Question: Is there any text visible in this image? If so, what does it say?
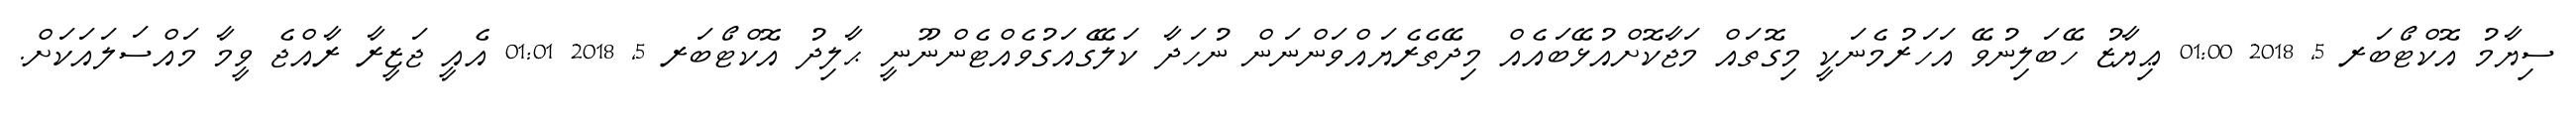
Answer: ސިޔާމު އޮކްޓޯބަރ 5, 2018 01:00 ޢިޔާޒު ހޭބަލިނުވޭ އަހަރުމެނަކީ މިގޮތައް މަޖާކޮށްއުޅޭބައެއް މިދޭތެރެޔައްވަންނަން ނުހަދާ ކަލޭގެއަގުވެއްޓެންނޫނީ ޙާލިދު އޮކްޓޯބަރ 5, 2018 01:01 އެއީ ޖަޒީރާ ރާއްޖެ ވީމާ މައްސަލައަކަށް.